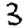
Digit: 3